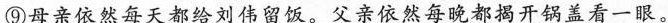
⑨母亲依然每天都给刘伟留饭。父亲依然每晚都揭开锅盖看一眼。